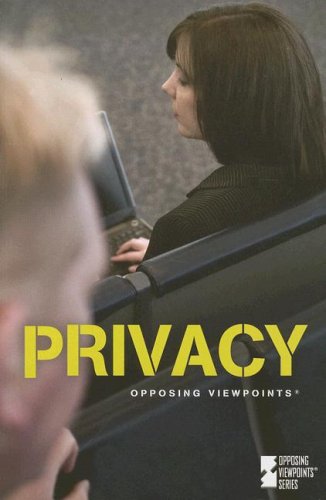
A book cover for Privacy (Opposing Viewpoints); Jamuna Carroll; Teen & Young Adult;